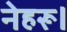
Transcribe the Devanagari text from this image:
नेहरू।